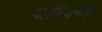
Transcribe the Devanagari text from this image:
मालिशकेंद्र